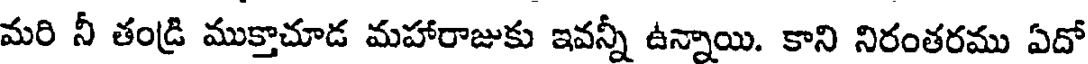
మరి నీ తండ్రి ముక్తాచూడ మహారాజుకు ఇవన్నీ ఉన్నాయి. కాని నిరంతరము ఏదో